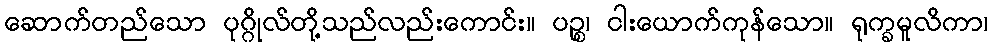
ဆောက်တည်သော ပုဂ္ဂိုလ်တို့သည်လည်းကောင်း။ ပဉ္စ၊ ငါးယောက်ကုန်သော။ ရုက္ခမူလိကာ၊